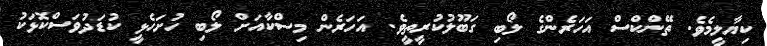
ކިޔާލީމެވެ. ތޭންކްސް އަހަރެންގެ ލޯބި ގަބޫލުކުރީތީވެ. އަހަރެން މިސްކާއަށް ލޯބި ހުށަހެޅީ ކުޑަދުވަސްކޮޅަކު